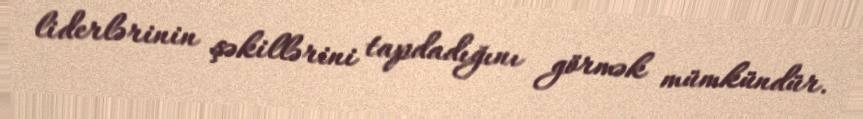
liderlərinin şəkillərini tapdadığını görmək mümkündür.